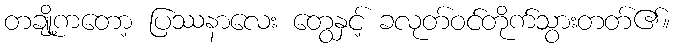
တချို့ကတော့ ပြဿနာလေး တွေနှင့် ခလုတ်ဝင်တိုက်သွားတတ်၏။